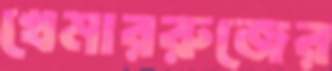
খেমাররুজের